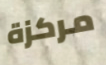
مركزة